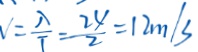
V = \frac { \lambda } { I } = \frac { 2 4 } { 2 } = 1 2 m / s